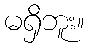
မရှိဘူး။